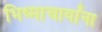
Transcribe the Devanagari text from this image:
भिष्माचार्यांना